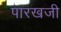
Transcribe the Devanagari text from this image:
पारखजी